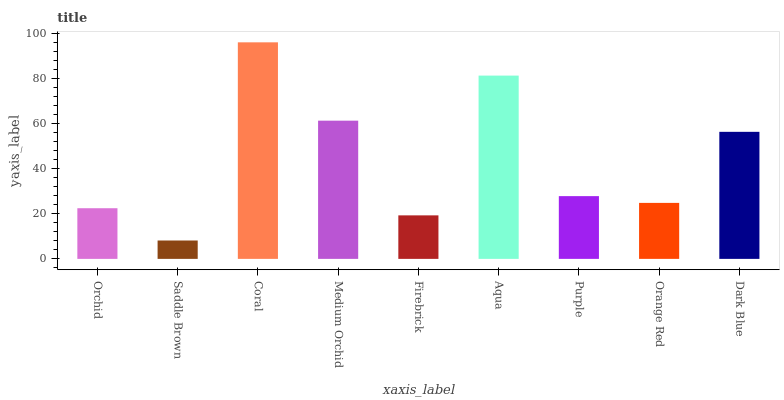
| xaxis_label | bars |
 | --- | --- |
 | Orchid | 22.5 |
 | Saddle Brown | 8.16 |
 | Coral | 96.2 |
 | Medium Orchid | 61.4 |
 | Firebrick | 19.3 |
 | Aqua | 81.4 |
 | Purple | 27.9 |
 | Orange Red | 24.9 |
 | Dark Blue | 56.4 |